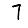
Digit: 7